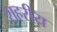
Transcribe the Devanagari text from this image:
शहरीय